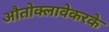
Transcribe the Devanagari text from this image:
औतोक्लावेकरके